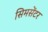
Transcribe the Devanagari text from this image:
सिमसेंटर